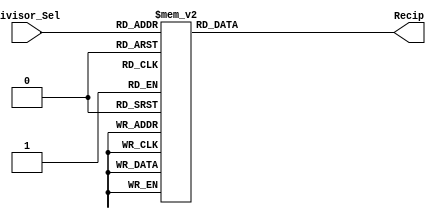
`timescale 1ns / 1ps
//////////////////////////////////////////////////////////////////////////////////
// Company: Guangzhou
// 
// Design Name: 
// Module Name: Reciprocal
// Project Name: 
// Target Devices: 
// Tool Versions: 
// Description: 
// 
// Dependencies: 
// 
// Revision:
// Revision 0.01 - File Created
// Additional Comments:
// 
//////////////////////////////////////////////////////////////////////////////////


module Reciprocal(
    input wire[7:0] Divisor_Sel,
    output reg[31:0] Recip
    );
    
    always @ (*)
        begin
            case(Divisor_Sel)
                8'd0: Recip = 32'b00000000000000000000000000000000;
                8'd1: Recip = 32'b10000000000000000000000000000000;
                8'd2: Recip = 32'b01000000000000000000000000000000;
                8'd3: Recip = 32'b00101010101010101010101010101010;
                8'd4: Recip = 32'b00100000000000000000000000000000;
                8'd5: Recip = 32'b00011001100110011001100110011001;
                8'd6: Recip = 32'b00010101010101010101010101010101;
                8'd7: Recip = 32'b00010010010010010010010010010010;
                8'd8: Recip = 32'b00010000000000000000000000000000;
                8'd9: Recip = 32'b00001110001110001110001110001110;
                8'd10: Recip = 32'b00001100110011001100110011001100;
                8'd11: Recip = 32'b00001011101000101110100010111010;
                8'd12: Recip = 32'b00001010101010101010101010101010;
                8'd13: Recip = 32'b00001001110110001001110110001001;
                8'd14: Recip = 32'b00001001001001001001001001001001;
                8'd15: Recip = 32'b00001000100010001000100010001000;
                8'd16: Recip = 32'b00001000000000000000000000000000;
                8'd17: Recip = 32'b00000111100001111000011110000111;
                8'd18: Recip = 32'b00000111000111000111000111000111;
                8'd19: Recip = 32'b00000110101111001010000110101111;
                8'd20: Recip = 32'b00000110011001100110011001100110;
                8'd21: Recip = 32'b00000110000110000110000110000110;
                8'd22: Recip = 32'b00000101110100010111010001011101;
                8'd23: Recip = 32'b00000101100100001011001000010110;
                8'd24: Recip = 32'b00000101010101010101010101010101;
                8'd25: Recip = 32'b00000101000111101011100001010001;
                8'd26: Recip = 32'b00000100111011000100111011000100;
                8'd27: Recip = 32'b00000100101111011010000100101111;
                8'd28: Recip = 32'b00000100100100100100100100100100;
                8'd29: Recip = 32'b00000100011010011110111001011000;
                8'd30: Recip = 32'b00000100010001000100010001000100;
                8'd31: Recip = 32'b00000100001000010000100001000010;
                8'd32: Recip = 32'b00000100000000000000000000000000;
                8'd33: Recip = 32'b00000011111000001111100000111110;
                8'd34: Recip = 32'b00000011110000111100001111000011;
                8'd35: Recip = 32'b00000011101010000011101010000011;
                8'd36: Recip = 32'b00000011100011100011100011100011;
                8'd37: Recip = 32'b00000011011101011001111100100010;
                8'd38: Recip = 32'b00000011010111100101000011010111;
                8'd39: Recip = 32'b00000011010010000011010010000011;
                8'd40: Recip = 32'b00000011001100110011001100110011;
                8'd41: Recip = 32'b00000011000111110011100000110001;
                8'd42: Recip = 32'b00000011000011000011000011000011;
                8'd43: Recip = 32'b00000010111110100000101111101000;
                8'd44: Recip = 32'b00000010111010001011101000101110;
                8'd45: Recip = 32'b00000010110110000010110110000010;
                8'd46: Recip = 32'b00000010110010000101100100001011;
                8'd47: Recip = 32'b00000010101110010011000100000101;
                8'd48: Recip = 32'b00000010101010101010101010101010;
                8'd49: Recip = 32'b00000010100111001011110000010100;
                8'd50: Recip = 32'b00000010100011110101110000101000;
                8'd51: Recip = 32'b00000010100000101000001010000010;
                8'd52: Recip = 32'b00000010011101100010011101100010;
                8'd53: Recip = 32'b00000010011010100100001110011111;
                8'd54: Recip = 32'b00000010010111101101000010010111;
                8'd55: Recip = 32'b00000010010100111100100000100101;
                8'd56: Recip = 32'b00000010010010010010010010010010;
                8'd57: Recip = 32'b00000010001111101110000010001111;
                8'd58: Recip = 32'b00000010001101001111011100101100;
                8'd59: Recip = 32'b00000010001010110110001111001011;
                8'd60: Recip = 32'b00000010001000100010001000100010;
                8'd61: Recip = 32'b00000010000110010010111000101001;
                8'd62: Recip = 32'b00000010000100001000010000100001;
                8'd63: Recip = 32'b00000010000010000010000010000010;
                8'd64: Recip = 32'b00000010000000000000000000000000;
                8'd65: Recip = 32'b00000001111110000001111110000001;
                8'd66: Recip = 32'b00000001111100000111110000011111;
                8'd67: Recip = 32'b00000001111010010001001100011010;
                8'd68: Recip = 32'b00000001111000011110000111100001;
                8'd69: Recip = 32'b00000001110110101110011000000111;
                8'd70: Recip = 32'b00000001110101000001110101000001;
                8'd71: Recip = 32'b00000001110011011000010101101000;
                8'd72: Recip = 32'b00000001110001110001110001110001;
                8'd73: Recip = 32'b00000001110000001110000001110000;
                8'd74: Recip = 32'b00000001101110101100111110010001;
                8'd75: Recip = 32'b00000001101101001110100000011011;
                8'd76: Recip = 32'b00000001101011110010100001101011;
                8'd77: Recip = 32'b00000001101010011000111011110110;
                8'd78: Recip = 32'b00000001101001000001101001000001;
                8'd79: Recip = 32'b00000001100111101100100011101001;
                8'd80: Recip = 32'b00000001100110011001100110011001;
                8'd81: Recip = 32'b00000001100101001000101100001111;
                8'd82: Recip = 32'b00000001100011111001110000011000;
                8'd83: Recip = 32'b00000001100010101100101110010000;
                8'd84: Recip = 32'b00000001100001100001100001100001;
                8'd85: Recip = 32'b00000001100000011000000110000001;
                8'd86: Recip = 32'b00000001011111010000010111110100;
                8'd87: Recip = 32'b00000001011110001010010011001000;
                8'd88: Recip = 32'b00000001011101000101110100010111;
                8'd89: Recip = 32'b00000001011100000010111000000101;
                8'd90: Recip = 32'b00000001011011000001011011000001;
                8'd91: Recip = 32'b00000001011010000001011010000001;
                8'd92: Recip = 32'b00000001011001000010110010000101;
                8'd93: Recip = 32'b00000001011000000101100000010110;
                8'd94: Recip = 32'b00000001010111001001100010000010;
                8'd95: Recip = 32'b00000001010110001110110100100011;
                8'd96: Recip = 32'b00000001010101010101010101010101;
                8'd97: Recip = 32'b00000001010100011101000001111110;
                8'd98: Recip = 32'b00000001010011100101111000001010;
                8'd99: Recip = 32'b00000001010010101111110101101010;
                8'd100: Recip = 32'b00000001010001111010111000010100;
                8'd101: Recip = 32'b00000001010001000110111110000110;
                8'd102: Recip = 32'b00000001010000010100000101000001;
                8'd103: Recip = 32'b00000001001111100010001011001011;
                8'd104: Recip = 32'b00000001001110110001001110110001;
                8'd105: Recip = 32'b00000001001110000001001110000001;
                8'd106: Recip = 32'b00000001001101010010000111001111;
                8'd107: Recip = 32'b00000001001100100011111000110100;
                8'd108: Recip = 32'b00000001001011110110100001001011;
                8'd109: Recip = 32'b00000001001011001001111110110100;
                8'd110: Recip = 32'b00000001001010011110010000010010;
                8'd111: Recip = 32'b00000001001001110011010100001011;
                8'd112: Recip = 32'b00000001001001001001001001001001;
                8'd113: Recip = 32'b00000001001000011111101101111000;
                8'd114: Recip = 32'b00000001000111110111000001000111;
                8'd115: Recip = 32'b00000001000111001111000001101010;
                8'd116: Recip = 32'b00000001000110100111101110010110;
                8'd117: Recip = 32'b00000001000110000001000110000001;
                8'd118: Recip = 32'b00000001000101011011000111100101;
                8'd119: Recip = 32'b00000001000100110101110010000001;
                8'd120: Recip = 32'b00000001000100010001000100010001;
                8'd121: Recip = 32'b00000001000011101100111101010110;
                8'd122: Recip = 32'b00000001000011001001011100010100;
                8'd123: Recip = 32'b00000001000010100110100000010000;
                8'd124: Recip = 32'b00000001000010000100001000010000;
                8'd125: Recip = 32'b00000001000001100010010011011101;
                8'd126: Recip = 32'b00000001000001000001000001000001;
                8'd127: Recip = 32'b00000001000000100000010000001000;
                8'd128: Recip = 32'b00000001000000000000000000000000;
                8'd129: Recip = 32'b00000000111111100000001111111000;
                8'd130: Recip = 32'b00000000111111000000111111000000;
                8'd131: Recip = 32'b00000000111110100010001100101100;
                8'd132: Recip = 32'b00000000111110000011111000001111;
                8'd133: Recip = 32'b00000000111101100110000000111101;
                8'd134: Recip = 32'b00000000111101001000100110001101;
                8'd135: Recip = 32'b00000000111100101011100111010110;
                8'd136: Recip = 32'b00000000111100001111000011110000;
                8'd137: Recip = 32'b00000000111011110010111010110111;
                8'd138: Recip = 32'b00000000111011010111001100000011;
                8'd139: Recip = 32'b00000000111010111011110110110010;
                8'd140: Recip = 32'b00000000111010100000111010100000;
                8'd141: Recip = 32'b00000000111010000110010110101100;
                8'd142: Recip = 32'b00000000111001101100001010110100;
                8'd143: Recip = 32'b00000000111001010010010110011000;
                8'd144: Recip = 32'b00000000111000111000111000111000;
                8'd145: Recip = 32'b00000000111000011111110001111000;
                8'd146: Recip = 32'b00000000111000000111000000111000;
                8'd147: Recip = 32'b00000000110111101110100101011100;
                8'd148: Recip = 32'b00000000110111010110011111001000;
                8'd149: Recip = 32'b00000000110110111110101101100001;
                8'd150: Recip = 32'b00000000110110100111010000001101;
                8'd151: Recip = 32'b00000000110110010000000110110010;
                8'd152: Recip = 32'b00000000110101111001010000110101;
                8'd153: Recip = 32'b00000000110101100010101110000000;
                8'd154: Recip = 32'b00000000110101001100011101111011;
                8'd155: Recip = 32'b00000000110100110110100000001101;
                8'd156: Recip = 32'b00000000110100100000110100100000;
                8'd157: Recip = 32'b00000000110100001011011010011111;
                8'd158: Recip = 32'b00000000110011110110010001110100;
                8'd159: Recip = 32'b00000000110011100001011010001010;
                8'd160: Recip = 32'b00000000110011001100110011001100;
                8'd161: Recip = 32'b00000000110010111000011100100111;
                8'd162: Recip = 32'b00000000110010100100010110000111;
                8'd163: Recip = 32'b00000000110010010000011111011010;
                8'd164: Recip = 32'b00000000110001111100111000001100;
                8'd165: Recip = 32'b00000000110001101001100000001100;
                8'd166: Recip = 32'b00000000110001010110010111001000;
                8'd167: Recip = 32'b00000000110001000011011100101111;
                8'd168: Recip = 32'b00000000110000110000110000110000;
                8'd169: Recip = 32'b00000000110000011110010010111011;
                8'd170: Recip = 32'b00000000110000001100000011000000;
                8'd171: Recip = 32'b00000000101111111010000000101111;
                8'd172: Recip = 32'b00000000101111101000001011111010;
                8'd173: Recip = 32'b00000000101111010110100100010000;
                8'd174: Recip = 32'b00000000101111000101001001100100;
                8'd175: Recip = 32'b00000000101110110011111011100111;
                8'd176: Recip = 32'b00000000101110100010111010001011;
                8'd177: Recip = 32'b00000000101110010010000101000011;
                8'd178: Recip = 32'b00000000101110000001011100000010;
                8'd179: Recip = 32'b00000000101101110000111110111011;
                8'd180: Recip = 32'b00000000101101100000101101100000;
                8'd181: Recip = 32'b00000000101101010000100111100110;
                8'd182: Recip = 32'b00000000101101000000101101000000;
                8'd183: Recip = 32'b00000000101100110000111101100011;
                8'd184: Recip = 32'b00000000101100100001011001000010;
                8'd185: Recip = 32'b00000000101100010001111111010011;
                8'd186: Recip = 32'b00000000101100000010110000001011;
                8'd187: Recip = 32'b00000000101011110011101011011101;
                8'd188: Recip = 32'b00000000101011100100110001000001;
                8'd189: Recip = 32'b00000000101011010110000000101011;
                8'd190: Recip = 32'b00000000101011000111011010010001;
                8'd191: Recip = 32'b00000000101010111000111101101001;
                8'd192: Recip = 32'b00000000101010101010101010101010;
                8'd193: Recip = 32'b00000000101010011100100001001010;
                8'd194: Recip = 32'b00000000101010001110100000111111;
                8'd195: Recip = 32'b00000000101010000000101010000000;
                8'd196: Recip = 32'b00000000101001110010111100000101;
                8'd197: Recip = 32'b00000000101001100101010111000100;
                8'd198: Recip = 32'b00000000101001010111111010110101;
                8'd199: Recip = 32'b00000000101001001010100111001111;
                8'd200: Recip = 32'b00000000101000111101011100001010;
                8'd201: Recip = 32'b00000000101000110000011001011110;
                8'd202: Recip = 32'b00000000101000100011011111000011;
                8'd203: Recip = 32'b00000000101000010110101100110001;
                8'd204: Recip = 32'b00000000101000001010000010100000;
                8'd205: Recip = 32'b00000000100111111101100000001001;
                8'd206: Recip = 32'b00000000100111110001000101100101;
                8'd207: Recip = 32'b00000000100111100100110010101101;
                8'd208: Recip = 32'b00000000100111011000100111011000;
                8'd209: Recip = 32'b00000000100111001100100011100001;
                8'd210: Recip = 32'b00000000100111000000100111000000;
                8'd211: Recip = 32'b00000000100110110100110001101111;
                8'd212: Recip = 32'b00000000100110101001000011100111;
                8'd213: Recip = 32'b00000000100110011101011100100010;
                8'd214: Recip = 32'b00000000100110010001111100011010;
                8'd215: Recip = 32'b00000000100110000110100011001000;
                8'd216: Recip = 32'b00000000100101111011010000100101;
                8'd217: Recip = 32'b00000000100101110000000100101110;
                8'd218: Recip = 32'b00000000100101100100111111011010;
                8'd219: Recip = 32'b00000000100101011010000000100101;
                8'd220: Recip = 32'b00000000100101001111001000001001;
                8'd221: Recip = 32'b00000000100101000100010110000000;
                8'd222: Recip = 32'b00000000100100111001101010000101;
                8'd223: Recip = 32'b00000000100100101111000100010011;
                8'd224: Recip = 32'b00000000100100100100100100100100;
                8'd225: Recip = 32'b00000000100100011010001010110011;
                8'd226: Recip = 32'b00000000100100001111110110111100;
                8'd227: Recip = 32'b00000000100100000101101000111000;
                8'd228: Recip = 32'b00000000100011111011100000100011;
                8'd229: Recip = 32'b00000000100011110001011101111001;
                8'd230: Recip = 32'b00000000100011100111100000110101;
                8'd231: Recip = 32'b00000000100011011101101001010010;
                8'd232: Recip = 32'b00000000100011010011110111001011;
                8'd233: Recip = 32'b00000000100011001010001010011100;
                8'd234: Recip = 32'b00000000100011000000100011000000;
                8'd235: Recip = 32'b00000000100010110111000000110100;
                8'd236: Recip = 32'b00000000100010101101100011110010;
                8'd237: Recip = 32'b00000000100010100100001011111000;
                8'd238: Recip = 32'b00000000100010011010111001000000;
                8'd239: Recip = 32'b00000000100010010001101011000111;
                8'd240: Recip = 32'b00000000100010001000100010001000;
                8'd241: Recip = 32'b00000000100001111111011110000000;
                8'd242: Recip = 32'b00000000100001110110011110101011;
                8'd243: Recip = 32'b00000000100001101101100100000101;
                8'd244: Recip = 32'b00000000100001100100101110001010;
                8'd245: Recip = 32'b00000000100001011011111100110111;
                8'd246: Recip = 32'b00000000100001010011010000001000;
                8'd247: Recip = 32'b00000000100001001010100111111001;
                8'd248: Recip = 32'b00000000100001000010000100001000;
                8'd249: Recip = 32'b00000000100000111001100100110000;
                8'd250: Recip = 32'b00000000100000110001001001101110;
                8'd251: Recip = 32'b00000000100000101000110010111111;
                8'd252: Recip = 32'b00000000100000100000100000100000;
                8'd253: Recip = 32'b00000000100000011000010010001101;
                8'd254: Recip = 32'b00000000100000010000001000000100;
                8'd255: Recip = 32'b00000000100000001000000010000000;
                default:Recip = 32'b00000000000000000000000000000000;
            endcase 
        end    
    
    
  
    
endmodule